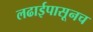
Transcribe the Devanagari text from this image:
लढाईपासूनच